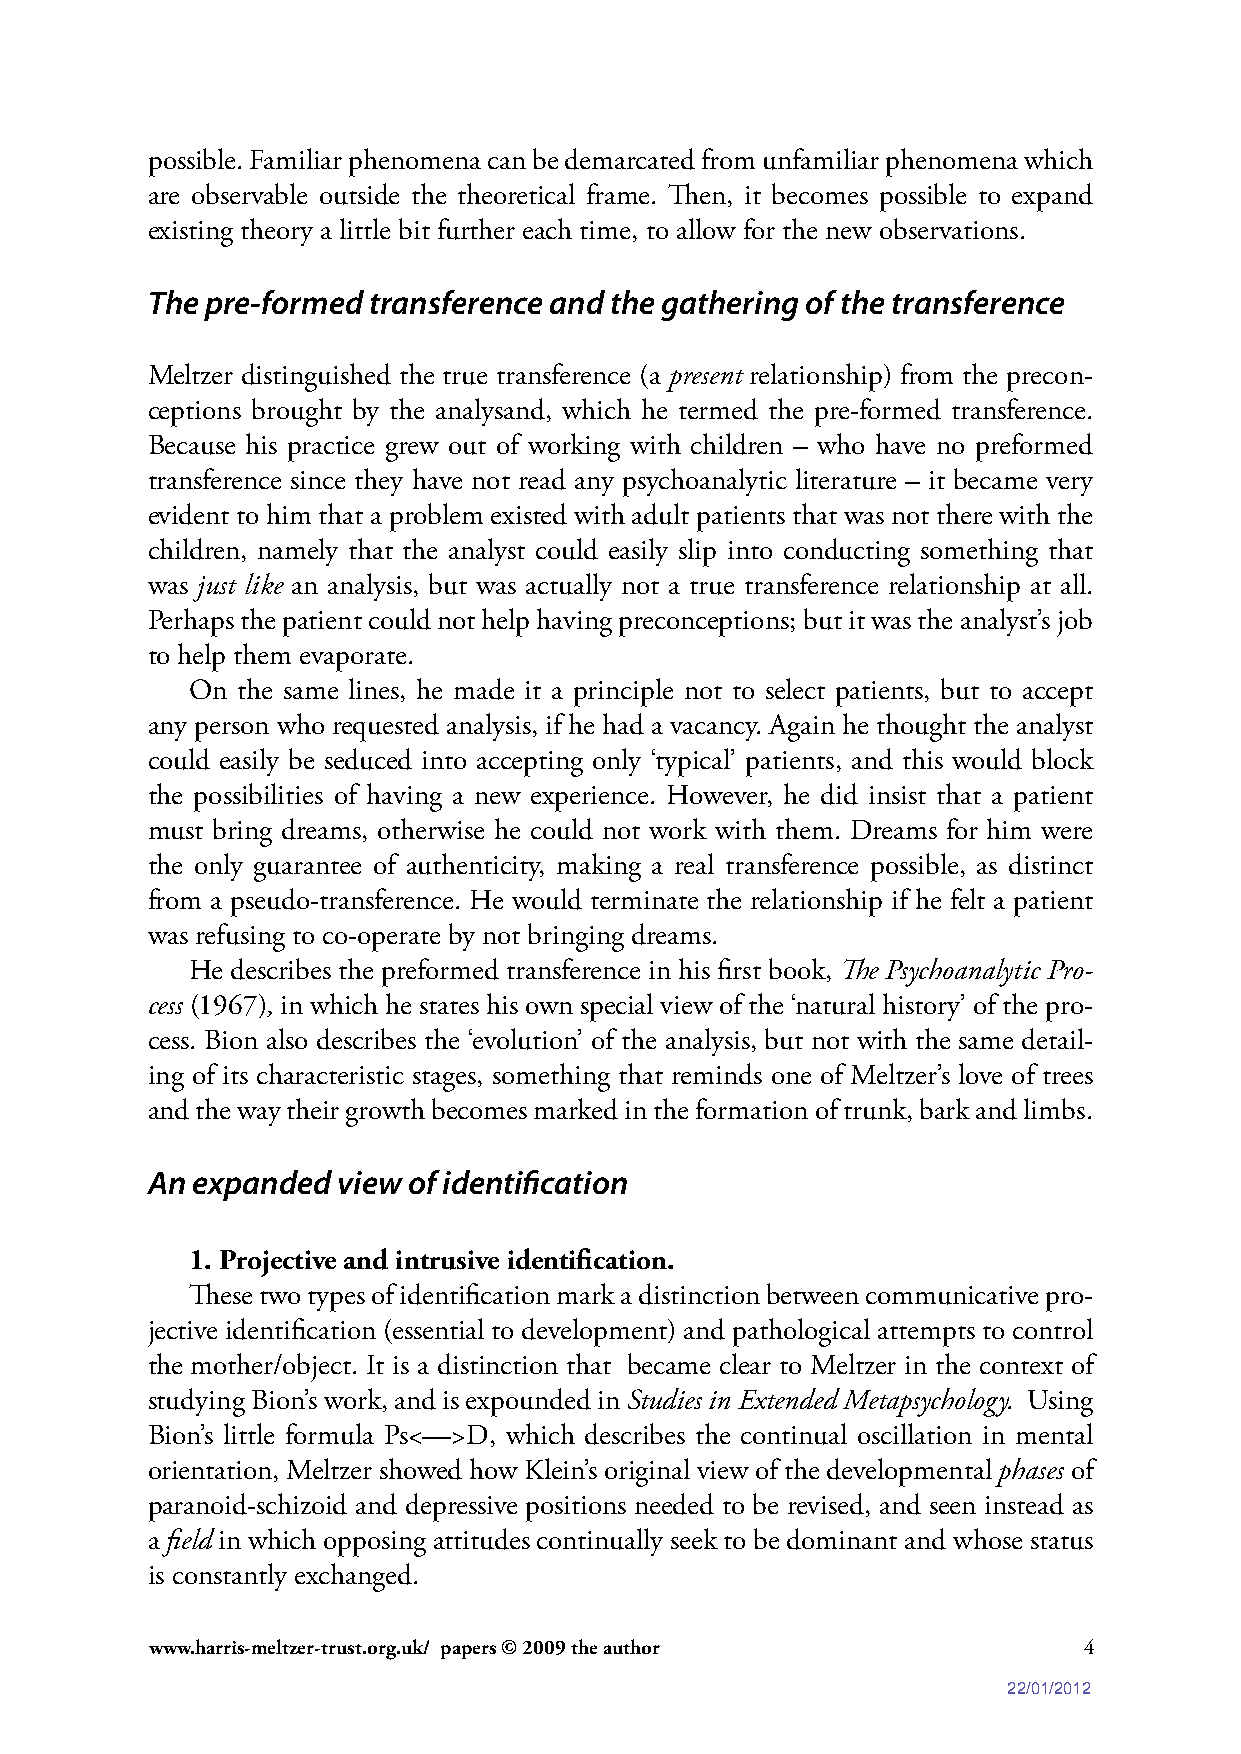
possible. Familiar phenomena can be demarcated from unfamiliar phenomena which
 are observable outside the theoretical frame. Then, it becomes possible to expand
 existing theory a little bit further each time, to allow for the new observations.
 The pre-formed transference and the gathering of the transference
 Meltzer distinguished the true transference (a present relationship) from the precon-
 ceptions brought by the analysand, which he termed the pre-formed transference.
 Because his practice grew out of working with children – who have no preformed
 transference since they have not read any psychoanalytic literature – it became very
 evident to him that a problem existed with adult patients that was not there with the
 children, namely that the analyst could easily slip into conducting something that
 was just like an analysis, but was actually not a true transference relationship at all.
 Perhaps the patient could not help having preconceptions; but it was the analyst’s job
 to help them evaporate.
 On the same lines, he made it a principle not to select patients, but to accept
 any person who requested analysis, if he had a vacancy. Again he thought the analyst
 could easily be seduced into accepting only ‘typical’ patients, and this would block
 the possibilities of having a new experience. However, he did insist that a patient
 must bring dreams, otherwise he could not work with them. Dreams for him were
 the only guarantee of authenticity, making a real transference possible, as distinct
 from a pseudo-transference. He would terminate the relationship if he felt a patient
 was refusing to co-operate by not bringing dreams.
 He describes the preformed transference in his first book, The Psychoanalytic Pro-
 cess (1967), in which he states his own special view of the ‘natural history’ of the pro-
 cess. Bion also describes the ‘evolution’ of the analysis, but not with the same detail-
 ing of its characteristic stages, something that reminds one of Meltzer’s love of trees
 and the way their growth becomes marked in the formation of trunk, bark and limbs.
 An expanded view of identification
 1. Projective and intrusive identification.
 These two types of identification mark a distinction between communicative pro-
 jective identification (essential to development) and pathological attempts to control
 the mother/object. It is a distinction that became clear to Meltzer in the context of
 studying Bion’s work, and is expounded in Studies in Extended Metapsychology. Using
 Bion’s little formula Ps<—>D, which describes the continual oscillation in mental
 orientation, Meltzer showed how Klein’s original view of the developmental phases of
 paranoid-schizoid and depressive positions needed to be revised, and seen instead as
 a field in which opposing attitudes continually seek to be dominant and whose status
 is constantly exchanged.
 www.harris-meltzer-trust.org.uk/ papers © 2009 the author     4
 22/01/2012